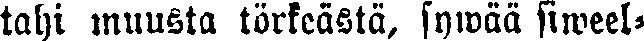
tahi muusta törkeästä, sywää siweel-